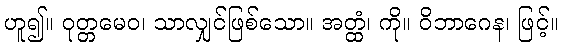
ဟူ၍။ ဝုတ္တမေဝ၊ သာလျှင်ဖြစ်သော။ အတ္ထံ၊ ကို။ ဝိဘာဂေန၊ ဖြင့်။